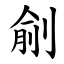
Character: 㓱